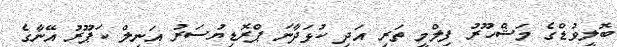
ބޮލީވުޑްގެ މަޝްހޫރު ފިލްމީ ތަރި އަދި ކުޅަދާނަ ޕްރޮޑިޔުސަރު އަނިލް ކަޕޫރު އޭނާގެ